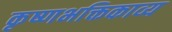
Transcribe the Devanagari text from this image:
कृष्णभक्तिकाव्य